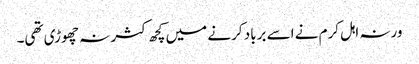
ورنہ اہل کرم نے اسے برباد کرنے میں کچھ کثر نہ چھوڑی تھی۔